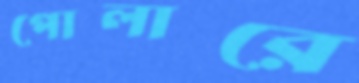
পোলারে